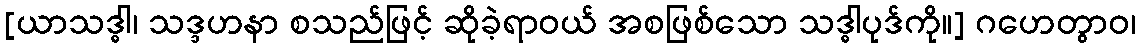
[ယာသဒ္ဓါ၊ သဒ္ဒဟနာ စသည်ဖြင့် ဆိုခဲ့ရာဝယ် အစဖြစ်သော သဒ္ဓါပုဒ်ကို။] ဂဟေတွာဝ၊